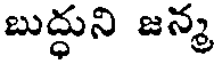
బుద్ధుని జన్మ